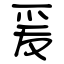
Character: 爰